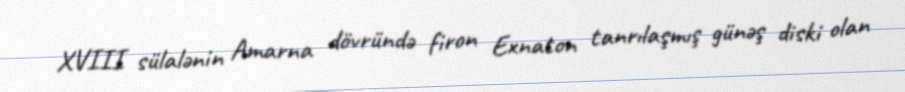
XVIII sülalənin Amarna dövründə firon Exnaton tanrılaşmış günəş diski olan